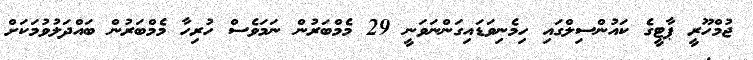
ޖުމްހޫރީ ޕާޓީގެ ކައުންސިލްގައި ހިމެނިވަޑައިގަންނަވަނީ 29 މެމްބަރުން ނަމަވެސް ހުރިހާ މެމްބަރުން ބައްދަލުވުމަކަށް